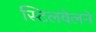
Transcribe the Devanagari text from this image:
स्टिलवेलने